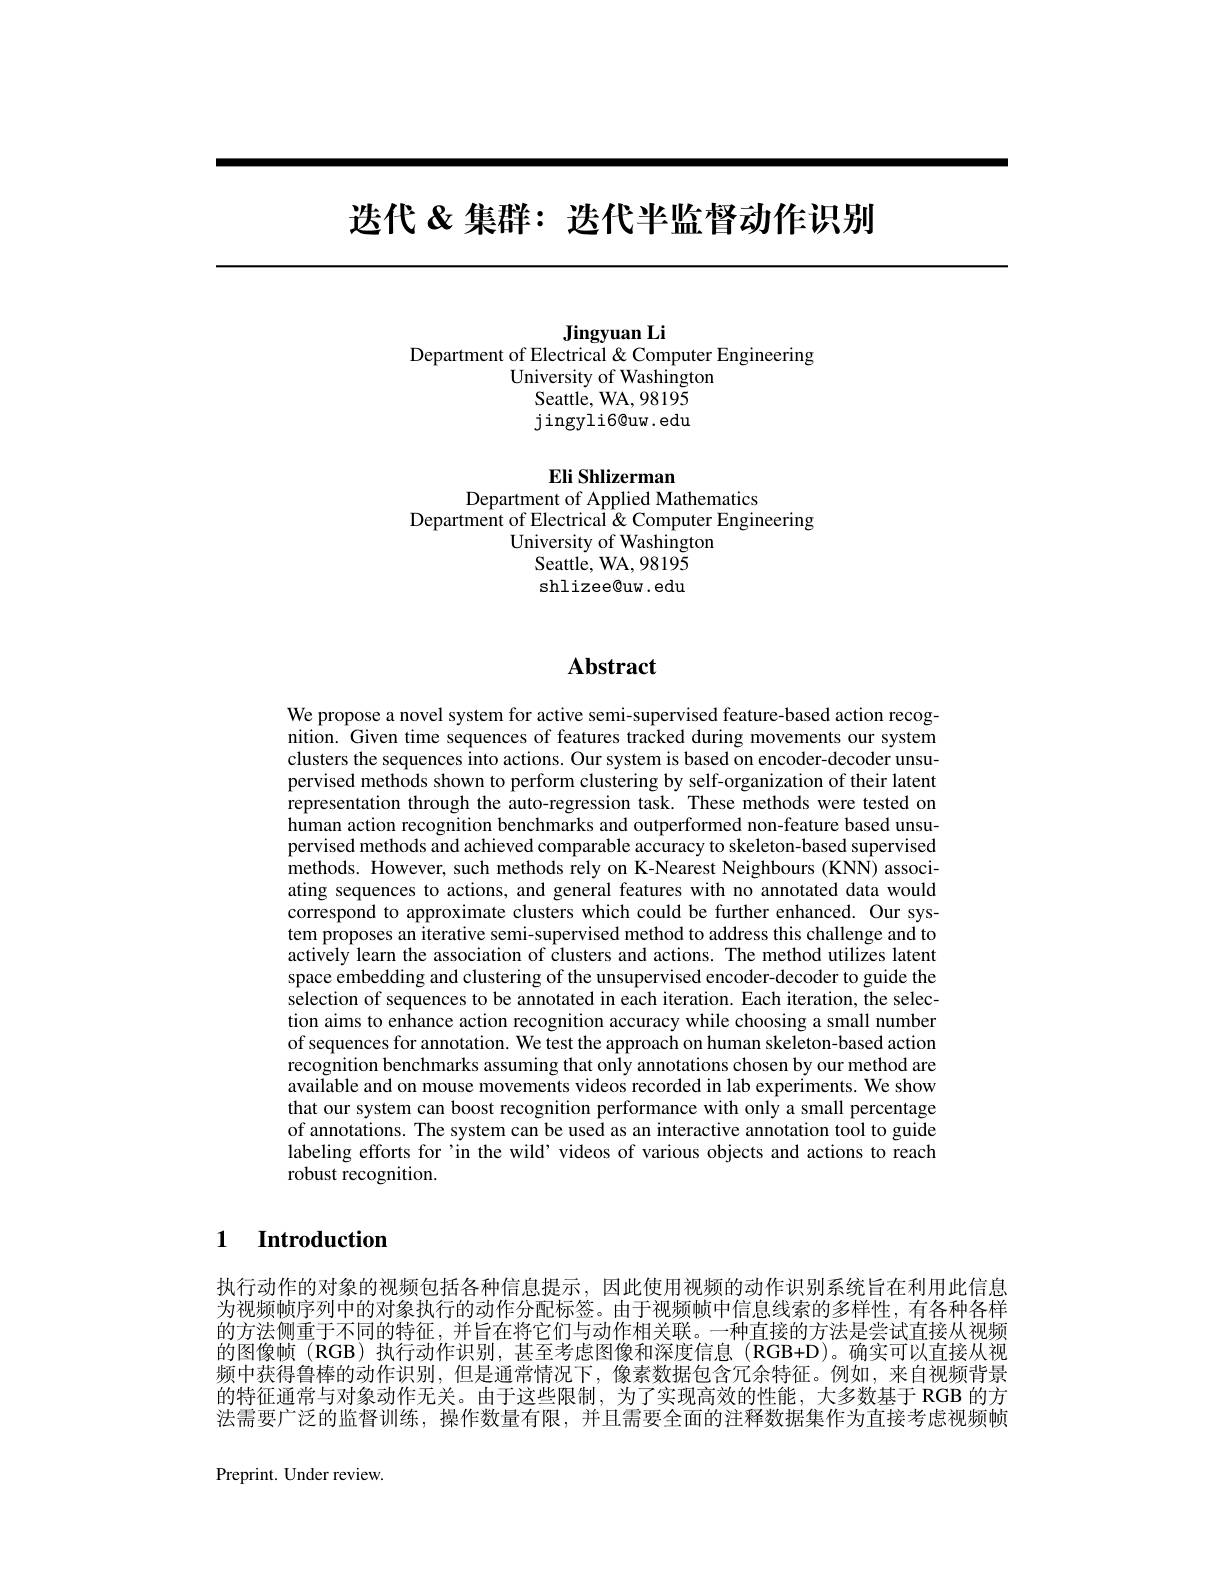
# 选代 &集群：迭代半监督动作识别

Jingyuan Li

Department of Electrical & Computer Engineering

University of Washington

Seattle, WA, 98195

jingyli6@uw.edu

Eli Shlizerman
Department of Applied Mathematics

Department of Electrical & Computer Engineering
University of Washington
${\mathrm{Seattle,~WA,~98195}}$ shlizee@uw.edu

## $\mathbf{Abstract}$

We propose a novel system for active semi-supervised feature-based action recognition. Given time sequences of features tracked during movements our system clusters the sequences into actions. Our system is based on encoder-decoder unsupervised methods shown to perform clustering by self-organization of their latent representation through the auto-regression task. These methods were tested on human action recognition benchmarks and outperformed non-feature based unsupervised methods and achieved comparable accuracy to skeleton-based supervised methods. However, such methods rely on K-Nearest Neighbours (KNN) associating sequences to actions, and general features with no annotated data would correspond to approximate clusters which could be further enhanced. Our system proposes an iterative semi-supervised method to address this challenge and to actively learn the association of clusters and actions. The method utilizes latent space embedding and clustering of the unsupervised encoder-decoder to guide the selection of sequences to be annotated in each iteration. Each iteration, the selection aims to enhance action recognition accuracy while choosing a small number of sequences for annotation. We test the approach on human skeleton-based action recognition benchmarks assuming that only annotations chosen by our method are available and on mouse movements videos recorded in lab experiments. We show that our system can boost recognition performance with only a small percentage of annotations. The system can be used as an interactive annotation tool to guide labeling efforts for'in the wild’videos of various objects and actions to reach robust recognition.

1 Introduction

执行动作的对象的视频包括各种信息提示，因此使用视频的动作识别系统旨在利用此信息为视频帧序列中的对象执行的动作分配标签。由于视频帧中信息线索的多样性，有各种各样的方法侧重于不同的特征，并旨在将它们与动作相关联。一种直接的方法是尝试直接从视频的图像帧(RGB)执行动作识别，甚至考虑图像和深度信息(RGB+D)。确实可以直接从视频中获得鲁棒的动作识别，但是通常情况下，像素数据包含冗余特征。例如，来自视频背景的特征通常与对象动作无关。由于这些限制，为了实现高效的性能，大多数基于 RGB 的方法需要广泛的监督训练，操作数量有限，并且需要全面的注释数据集作为直接考虑视频帧

Preprint. Under review.